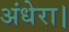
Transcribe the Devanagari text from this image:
अंधेरा।